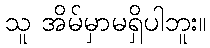
သူ အိမ်မှာမရှိပါဘူး။